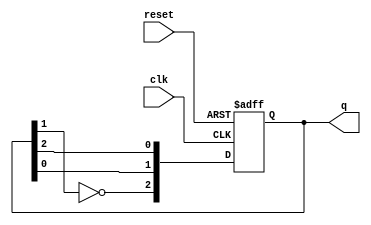
module johnson_counter (
    input wire clk,           // Clock input
    input wire reset,         // Asynchronous reset
    output reg [2:0] q        // Output of the counter (3 bits for N=3)
);

    always @(posedge clk or posedge reset) begin
        if (reset) begin
            q <= 3'b000; // Initialize the counter to 0 on reset
        end else begin
            // Johnson counter logic
            q[2] <= ~q[1]; // Invert the second flip-flop output to the first flip-flop input
            q[1] <= q[0];  // Shift the state of the first flip-flop to the second
            q[0] <= q[2];  // Shift the state of the third flip-flop to the first
        end
    end

endmodule